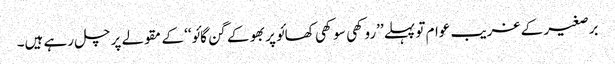
برصغیر کے غریب عوام تو پہلے ’’روکھی سوکھی کھائو پربھو کے گن گائو‘‘ کے مقولے پر چل رہے ہیں۔